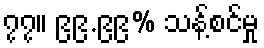
၇၇။ ၉၉.၉၉% သန့်စင်မှု